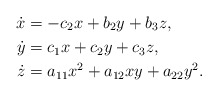
\begin{align*}\dot{x} &= -c_2 x + b_2y + b_3 z, \\ \dot{y}&= c_1x + c_2 y + c_3 z, \\\dot{z}&= a_{11}x^2 + a_{12} xy + a_{22} y^2.\end{align*}